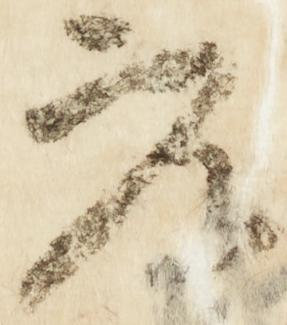
参